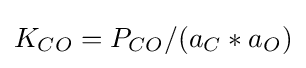
K_{CO}=P_{CO}/(a_{C}*a_{O})